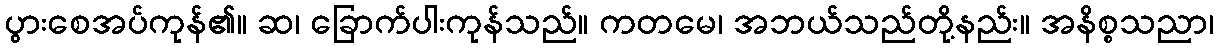
ပွားစေအပ်ကုန်၏။ ဆ၊ ခြောက်ပါးကုန်သည်။ ကတမေ၊ အဘယ်သည်တို့နည်း။ အနိစ္စသညာ၊